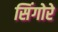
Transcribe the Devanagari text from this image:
सिंगोरे